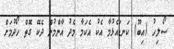
ސޯލިހު (އިބޫ) ކަނޑައެޅުމާ އެކު އެކަމާ މެދު އާންމުން ދެކޭ ގޮތް ހޯދުމަށް